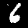
Label: 6